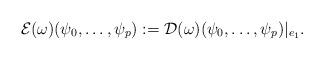
LaTeX: \begin{align*}\begin{aligned}\mathcal{E}(\omega)(\psi_0,\dots,\psi_{p}):=\mathcal{D}(\omega)(\psi_0,\dots,\psi_{p}) \vert _{e_1}.\end{aligned}\end{align*}